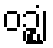
ဝဉ္ဈံ